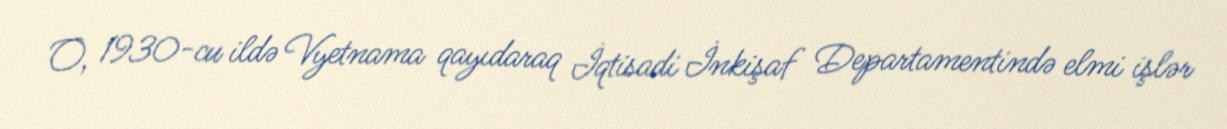
O, 1930-cu ildə Vyetnama qayıdaraq İqtisadi İnkişaf Departamentində elmi işlər